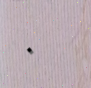
٠